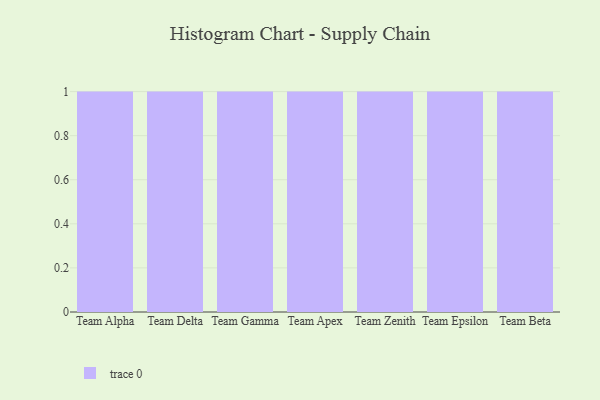
{"axis": {"x": "Team", "y": "Conversion Rate (%)"}, "legend": [""], "data": [{"x": "Team Alpha", "y": 32, "type": ""}, {"x": "Team Delta", "y": 62, "type": ""}, {"x": "Team Gamma", "y": 15, "type": ""}, {"x": "Team Apex", "y": 18, "type": ""}, {"x": "Team Zenith", "y": 26, "type": ""}, {"x": "Team Epsilon", "y": 29, "type": ""}, {"x": "Team Beta", "y": 7, "type": ""}]}